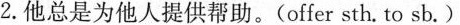
2.他总是为他人提供帮助。(offer sth.to sb。)